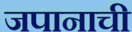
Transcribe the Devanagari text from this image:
जपानाची